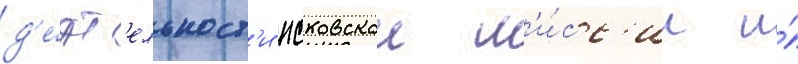
д'е́ят'ельност'и псковскои м'и́сс'ии и́